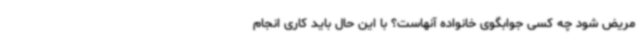
مریض شود چه کسی جوابگوی خانواده آنهاست؟ با این حال باید کاری انجام